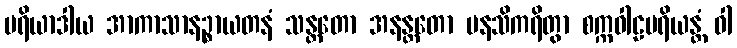
ပရိယာဒါယ အာကာသာနဉ္စာယတနံ သန္တတော အနန္တတော မနသိကရိတွာ စက္ကဝါဠပရိယန္တံ ဝါ